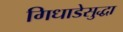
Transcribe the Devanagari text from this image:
गिधाडेसुद्धा